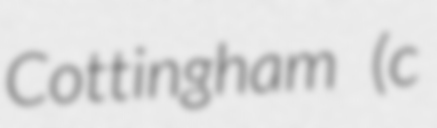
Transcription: Cottingham (c